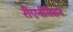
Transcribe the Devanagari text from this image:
रीएनीमेशन